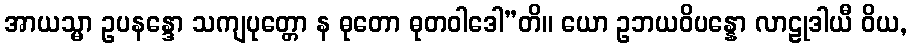
အာယသ္မာ ဥပနန္ဒော သကျပုတ္တော န ဓုတော ဓုတဝါဒေါ”တိ။ ယော ဥဘယဝိပန္နော လာဠုဒါယီ ဝိယ,